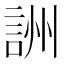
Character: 詶